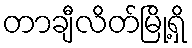
တာချီလိတ်မြို့ရှိ